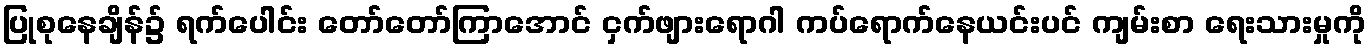
ပြုစုနေချိန်၌ ရက်ပေါင်း တော်တော်ကြာအောင် ငှက်ဖျားရောဂါ ကပ်ရောက်နေယင်းပင် ကျမ်းစာ ရေးသားမှုကို